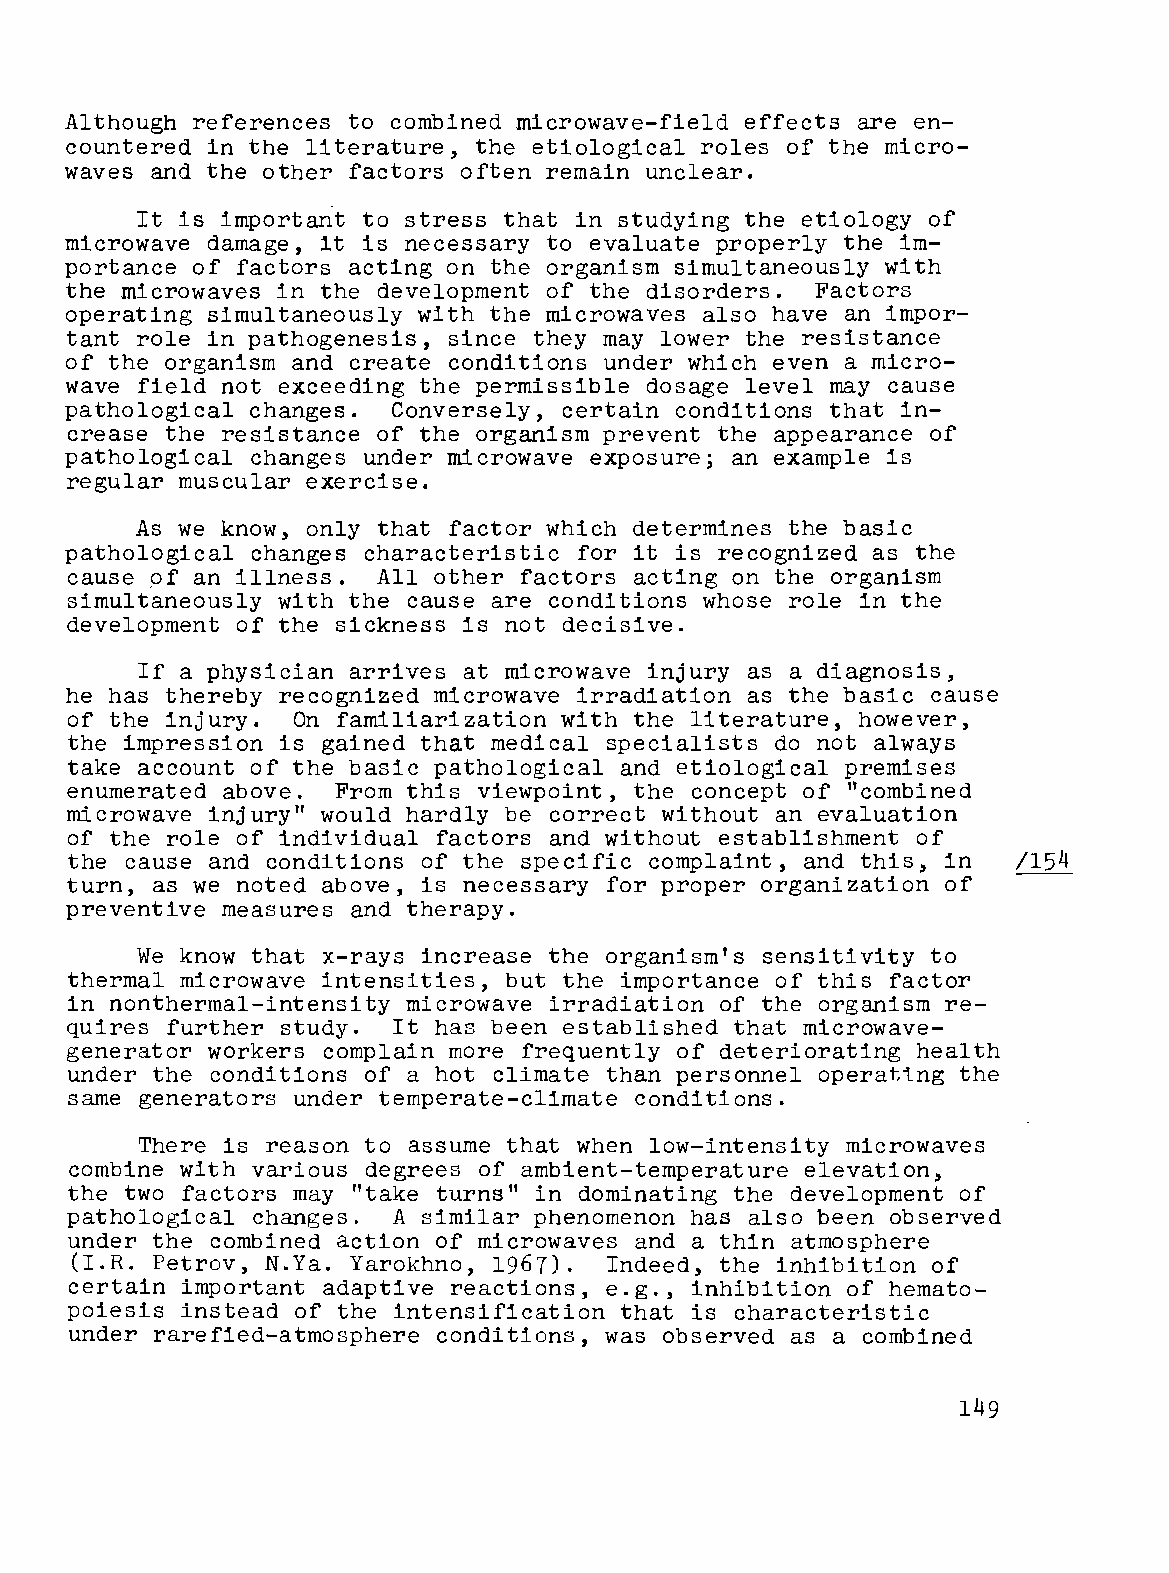
Although references to combined microwave-field effects are en
 countered in the literature, the etiological roles of the micro
 waves and the other factors often remain unclear.
 It is important to stress that in studying the etiology of
 microwave damage, it is necessary to evaluate properly the im
 portance of factors acting on the organism simultaneously with
 the microwaves in the development of the disorders. Factors
 operating simultaneously with the microwaves also have an impor
 tant role in pathogenesis, since they may lower the resistance
 of the organism and create conditions under which even a micro
 wave field not exceeding the permissible dosage level may cause
 pathological changes. Conversely, certain conditions that in
 crease the resistance of the organism prevent the appearance of
 pathological changes under microwave exposure; an example is
 regular muscular exercise.
 As we know, only that factor which determines the basic
 pathological changes characteristic for it is recognized as the
 cause of an illness. All other factors acting on the organism
 simultaneously with the cause are conditions whose role in the
 development of the sickness is not decisive.
 If a physician arrives at microwave injury as a diagnosis,
 he has thereby recognized microwave irradiation as the basic cause
 of the injury. On familiarization with the literature, however,
 the impression is gained that medical specialists do not always
 take account of the basic pathological and etiological premises
 enumerated above. From this viewpoint, the concept of "combined
 microwave injury" would hardly be correct without an evaluation
 of the role of individual factors and without establishment of
 the cause and conditions of the specific complaint, and this, in /154
 turn, as we noted above, is necessary for proper organization of
 preventive measures and therapy.
 We know that x-rays increase the organism's sensitivity to
 thermal microwave intensities, but the importance of this factor
 in nonthermal-intensity microwave irradiation of the organism re
 quires further study. It has been established that microwave
 generator workers complain more frequently of deteriorating health
 under the conditions of a hot climate than personnel operattng the
 same generators under temperate-climate conditions.
 There is reason to assume that when low-intensity microwaves
 combine with various degrees of ambient-temperature elevation,
 the two factors may "take turns" in dominating the development of
 pathological changes. A similar phenomenon has also been observed
 under the combined action of microwaves and a thin atmosphere
 (I.R. Petrov, N.Ya. Yarokhno, 1967). Indeed, the inhibition of
 certain important adaptive reactions, e.g., inhibition of hemato
 poiesis instead of the intensification that is characteristic
 under rarefied-atmosphere conditions, was observed as a combined
 149